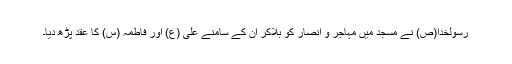
رسولخدا(ص) نے مسجد میں مہاجر و انصار کو بلاکر ان کے سامنے علی (ع) اور فاطمہ (س) کا عقد پڑھ دیا۔